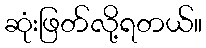
ဆုံးဖြတ်လို့ရတယ်။